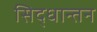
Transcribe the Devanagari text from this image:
सिद्धान्तन